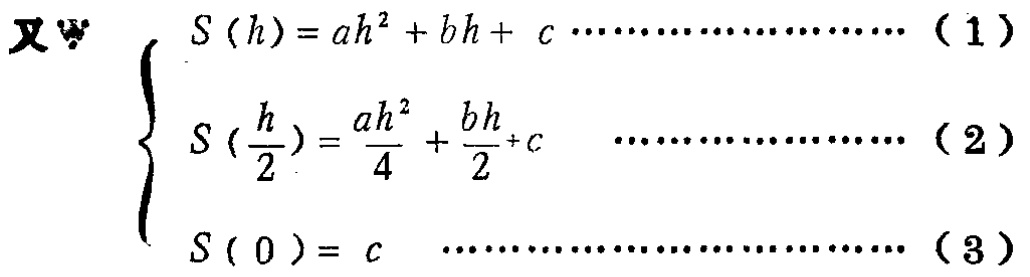
又∵
\[
\begin{cases}
S(h)=ah^{2}+bh + c \cdots\cdots\cdots\cdots\cdots\cdots(1)\\
S(\frac{h}{2})=\frac{ah^{2}}{4}+\frac{bh}{2}+c \cdots\cdots\cdots\cdots\cdots\cdots(2)\\
S(0)=c \cdots\cdots\cdots\cdots\cdots\cdots\cdots\cdots\cdots(3)
\end{cases}
\]